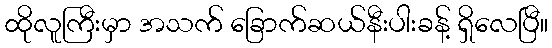
ထိုလူကြီးမှာ အသက် ခြောက်ဆယ်နီးပါးခန့် ရှိလေပြီ။